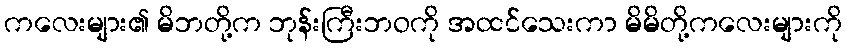
ကလေးများ၏ မိဘတို့က ဘုန်းကြီးဘဝကို အထင်သေးကာ မိမိတို့ကလေးများကို